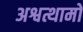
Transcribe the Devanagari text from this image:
अश्वत्थामो